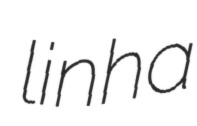
linha